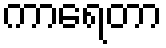
ကာရေတာ